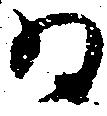
為